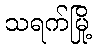
သရက်မြို့